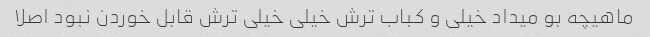
ماهیچه بو میداد خیلی و کباب ترش خیلی خیلی ترش قابل خوردن نبود اصلا